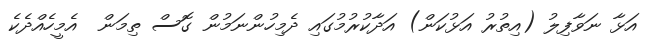
އަޅާ ނަވާފިލު (އިތުރު އަޅުކަން) އަދާކުރުމުގައި ދެމިހުންނަމުން ގޮސް ތިމަން  އެމީހެއްދެކެ